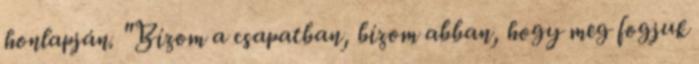
honlapján. "Bízom a csapatban, bízom abban, hogy meg fogjuk